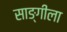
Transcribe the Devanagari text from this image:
साङ्गीला